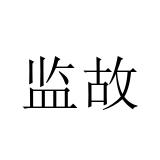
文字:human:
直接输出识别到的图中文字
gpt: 监故